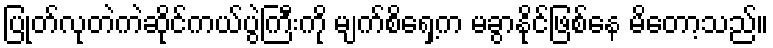
ပြုတ်လုတဲကဲဆိုင်ကယ်ပွဲကြီးကို မျက်စိရှေ့က မခွာနိုင်ဖြစ်နေ မိတော့သည်။